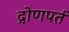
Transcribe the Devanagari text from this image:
द्रोणपर्त